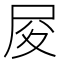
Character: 𡰿